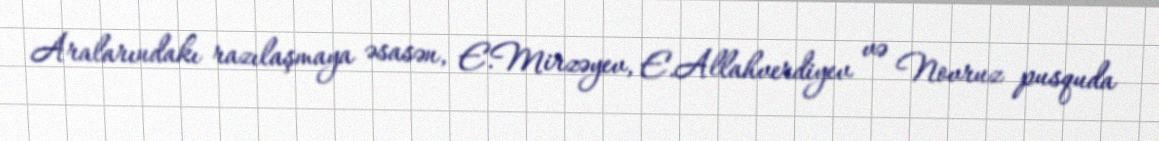
Aralarındakı razılaşmaya əsasən, E.Mirzəyev, E.Allahverdiyev və Novruz pusquda